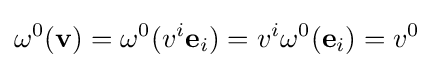
\omega ^{0}(\mathbf {v} )=\omega ^{0}(v^{i}\mathbf {e} _{i})=v^{i}\omega ^{0}(\mathbf {e} _{i})=v^{0}